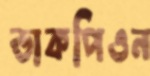
ডাকপিওন